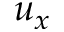
u _ { x }